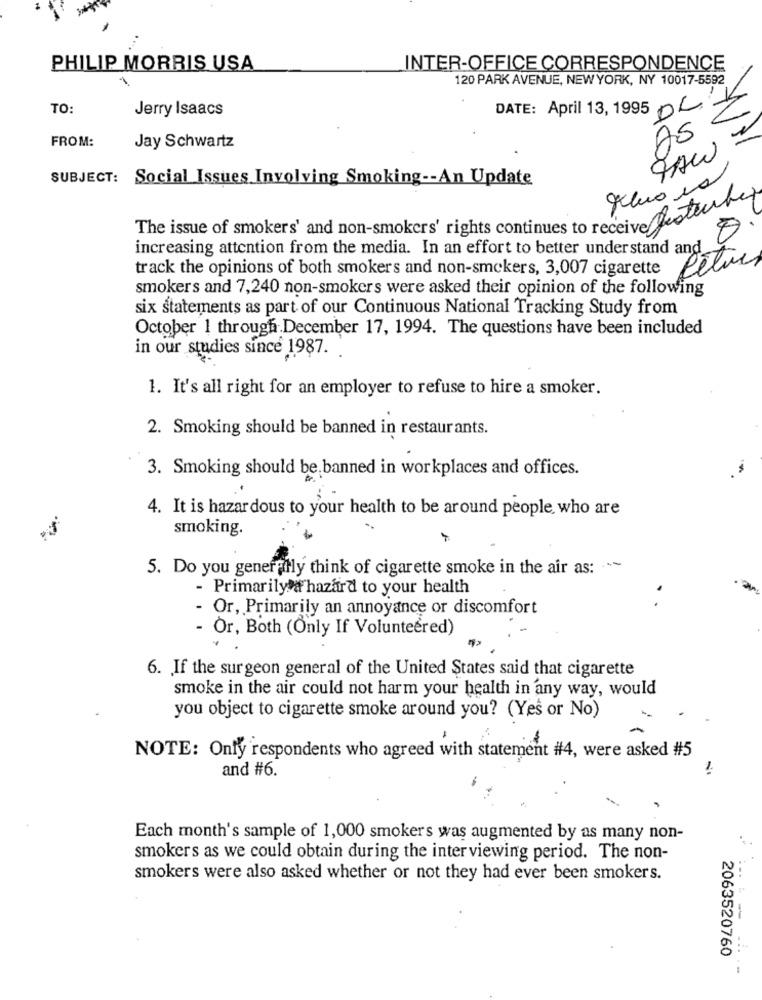
PHILIP MORRIS USA
INTER-OFFICE CORRESPONDENCE
120 PARK AVENUE, NEW YORK, NY 10017-5592
TO:
Jerry Isaacs
DATE: April 13, 1995
0
DLY
AS
FROM:
Jay Schwartz
SUBJECT: Social Issues Involving Smoking -- An Update
The issue of smokers' and non-smokers' rights continues to receive festerbe
increasing attention from the media. In an effort to better understand and
track the opinions of both smokers and non-smokers, 3,007 cigarette
Péturs
smokers and 7,240 non-smokers were asked their opinion of the following
six statements as part of our Continuous National Tracking Study from
October 1 through December 17, 1994. The questions have been included
in our studies since 1987.
1. It's all right for an employer to refuse to hire a smoker.
2. Smoking should be banned in restaurants.
3. Smoking should be banned in workplaces and offices.
4. It is hazardous to your health to be around people who are
smoking.
5. Do you generally think of cigarette smoke in the air as: .
- Primarily a hazard to your health
- Or, Primarily an annoyance or discomfort
- Or, Both (Only If Volunteered)
6. If the surgeon general of the United States said that cigarette
smoke in the air could not harm your health in any way, would
you object to cigarette smoke around you? (Yes or No)
NOTE: Only respondents who agreed with statement #4, were asked #5
1.
and #6.
Each month's sample of 1,000 smokers was augmented by as many non-
smokers as we could obtain during the interviewing period. The non-
smokers were also asked whether or not they had ever been smokers.
2063520760